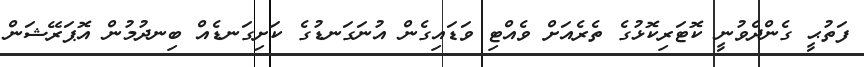
ފަތުޙީ ގެންދެވުނީ ކޮޓަރިކޮޅުގެ ތެރެއަށް ވެއްޓި ވަޑައިގެން އުނަގަނޑުގެ ކަށިގަނޑެއް ބިނދުމުން އޮޕަރޭޝަން